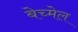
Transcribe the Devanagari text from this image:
बेच्मेल